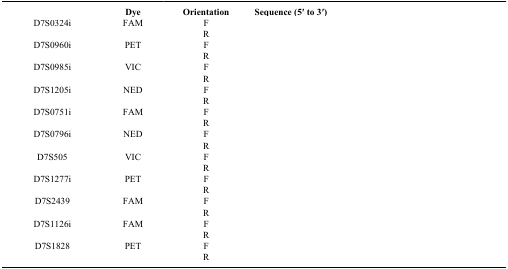
<table><thead><tr><td>[EMPTY_CELL]</td><td><b>Dye</b></td><td><b>Orientation</b></td><td><b>Sequence (5′ to 3′)</b></td></tr></thead><tbody><tr><td>D7S0324i</td><td>FAM</td><td>F</td><td>[EMPTY_CELL]</td></tr><tr><td>[EMPTY_CELL]</td><td>[EMPTY_CELL]</td><td>R</td><td>[EMPTY_CELL]</td></tr><tr><td>D7S0960i</td><td>PET</td><td>F</td><td>[EMPTY_CELL]</td></tr><tr><td>[EMPTY_CELL]</td><td>[EMPTY_CELL]</td><td>R</td><td>[EMPTY_CELL]</td></tr><tr><td>D7S0985i</td><td>VIC</td><td>F</td><td>[EMPTY_CELL]</td></tr><tr><td>[EMPTY_CELL]</td><td>[EMPTY_CELL]</td><td>R</td><td>[EMPTY_CELL]</td></tr><tr><td>D7S1205i</td><td>NED</td><td>F</td><td>[EMPTY_CELL]</td></tr><tr><td>[EMPTY_CELL]</td><td>[EMPTY_CELL]</td><td>R</td><td>[EMPTY_CELL]</td></tr><tr><td>D7S0751i</td><td>FAM</td><td>F</td><td>[EMPTY_CELL]</td></tr><tr><td>[EMPTY_CELL]</td><td>[EMPTY_CELL]</td><td>R</td><td>[EMPTY_CELL]</td></tr><tr><td>D7S0796i</td><td>NED</td><td>F</td><td>[EMPTY_CELL]</td></tr><tr><td>[EMPTY_CELL]</td><td>[EMPTY_CELL]</td><td>R</td><td>[EMPTY_CELL]</td></tr><tr><td>D7S505</td><td>VIC</td><td>F</td><td>[EMPTY_CELL]</td></tr><tr><td>[EMPTY_CELL]</td><td>[EMPTY_CELL]</td><td>R</td><td>[EMPTY_CELL]</td></tr><tr><td>D7S1277i</td><td>PET</td><td>F</td><td>[EMPTY_CELL]</td></tr><tr><td>[EMPTY_CELL]</td><td>[EMPTY_CELL]</td><td>R</td><td>[EMPTY_CELL]</td></tr><tr><td>D7S2439</td><td>FAM</td><td>F</td><td>[EMPTY_CELL]</td></tr><tr><td>[EMPTY_CELL]</td><td>[EMPTY_CELL]</td><td>R</td><td>[EMPTY_CELL]</td></tr><tr><td>D7S1126i</td><td>FAM</td><td>F</td><td>[EMPTY_CELL]</td></tr><tr><td>[EMPTY_CELL]</td><td>[EMPTY_CELL]</td><td>R</td><td>[EMPTY_CELL]</td></tr><tr><td>D7S1828</td><td>PET</td><td>F</td><td>[EMPTY_CELL]</td></tr><tr><td>[EMPTY_CELL]</td><td>[EMPTY_CELL]</td><td>R</td><td>[EMPTY_CELL]</td></tr></tbody></table>